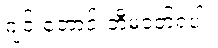
ဂျင်းဘောင်းဘီမဝတ်ရပါ။